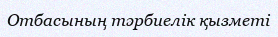
Отбасының тәрбиелік қызметі